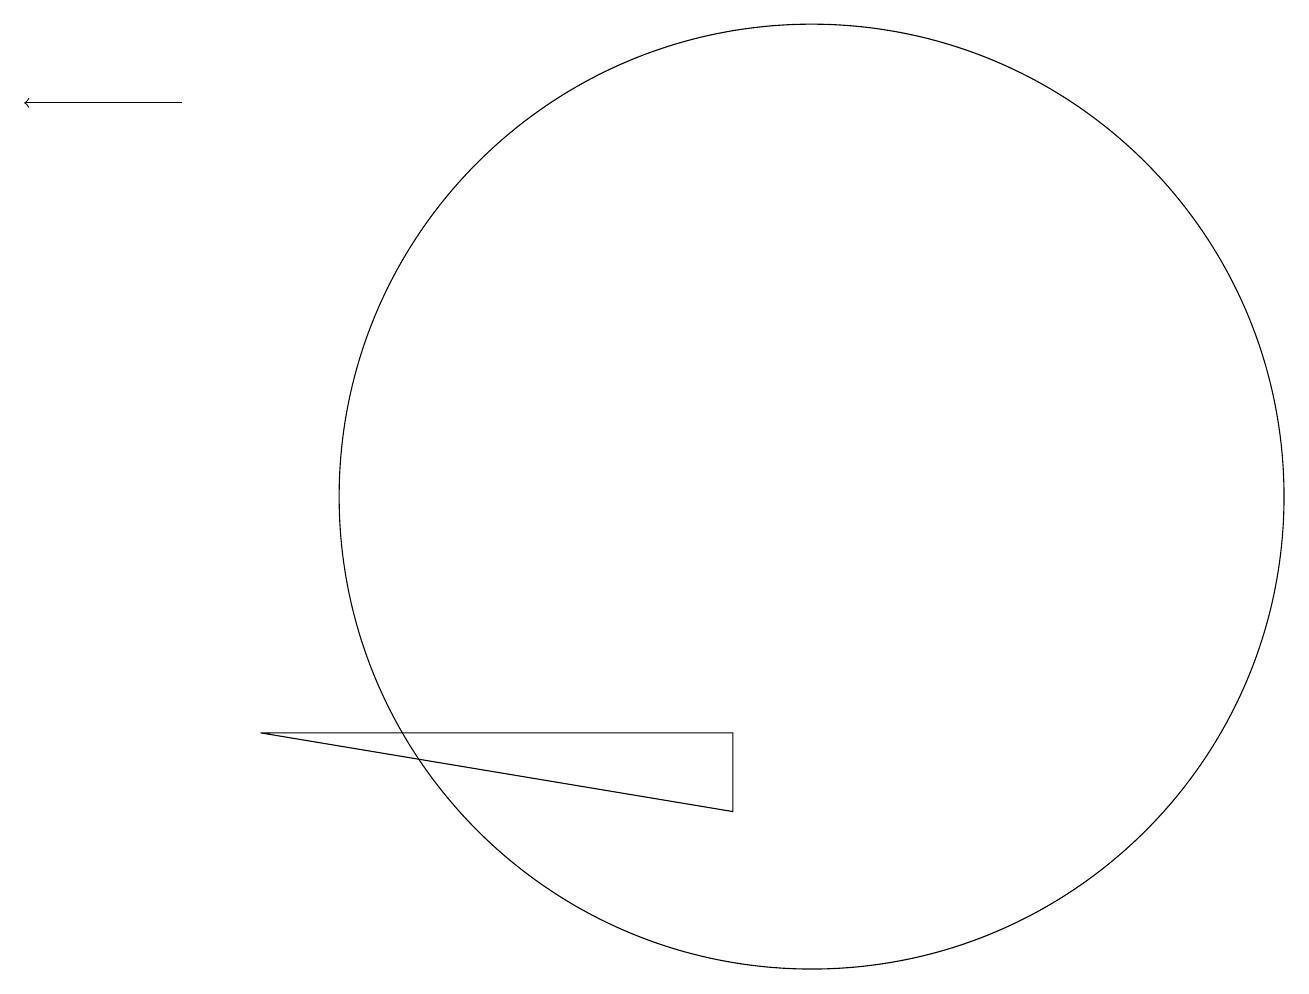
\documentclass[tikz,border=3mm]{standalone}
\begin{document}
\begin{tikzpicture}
\draw (3,8) -- (9,7) -- (9,8) -- cycle;
\draw[->] (2,16) -- (0,16);
\draw (10,11) circle (6);
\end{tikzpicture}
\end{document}